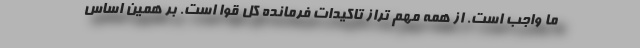
ما واجب است. از همه مهم تراز تاکیدات فرمانده کل قوا است. بر همین اساس